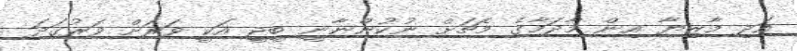
އަދި މާޒިޔާ އިން މާދަމާގެ މެޗަށް ނުކުންނާނީ ބީޖީ އަކީ ވަރަށް ވަރުގަދަ